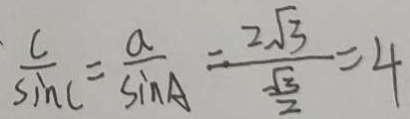
\frac { c } { \sin C } = \frac { a } { \sin A } = \frac { 2 \sqrt { 3 } } { \frac { \sqrt { 3 } } { 2 } } = 4